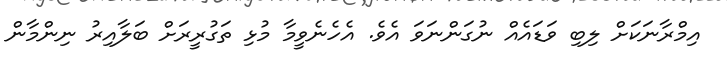
އިމްރާނަކަށް ލިބި ވަޑައެއް ނުގަންނަވަ އެވެ. އެހެނެވީމާ މުޅި ތަގުރީރަށް ބަލާއިރު ނިންމާން